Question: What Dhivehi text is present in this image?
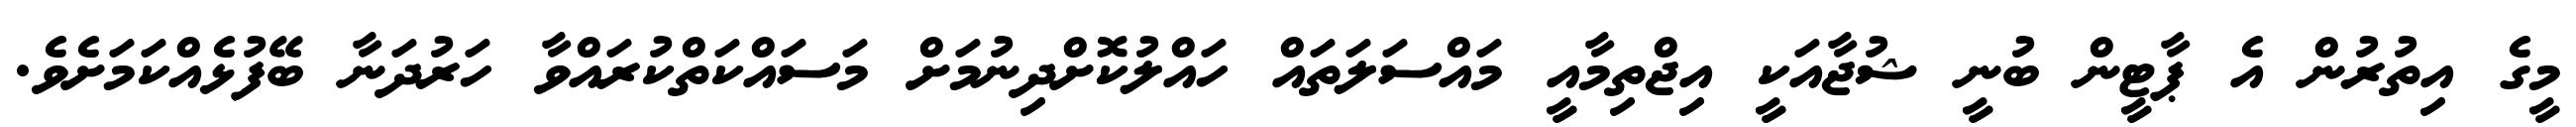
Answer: މީގެ އިތުރުން އެ ޕާޓީން ބުނީ ޝުޖާއަކީ އިޖްތިމާއީ މައްސަލަތައް ހައްލުކޮށްދިނުމަށް މަސައްކަތްކުރައްވާ ހަރުދަނާ ބޭފުޅެއްކަމަށެވެ.